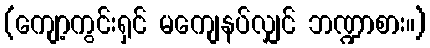
(ကျော့ကွင်းရှင် မကျေနပ်လျှင် ဘဏ္ဍာစား။)